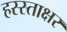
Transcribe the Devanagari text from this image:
हस्स्ताक्षर